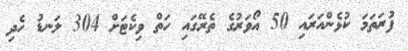
ފުރަަތަމަ ކުޅެންއަރައި 50 އޯވަރުގެ ތެރޭގައި ހަތް ވިކެޓަށް 304 ލަނޑު ހެދި